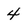
Character: 4